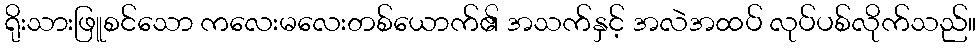
ရိုးသားဖြူစင်သော ကလေးမလေးတစ်ယောက်၏ အသက်နှင့် အလဲအထပ် လုပ်ပစ်လိုက်သည်။